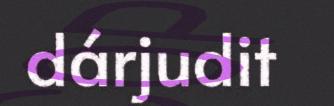
dárjudit